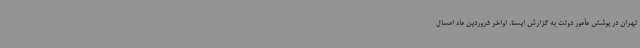
تهران در پوشش مأمور دولت به گزارش ایسنا، اواخر فروردین ماه امسال